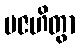
ပဇဟိတွာ